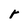
Character: r